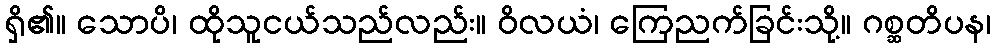
ရှိ၏။ သောပိ၊ ထိုသူငယ်သည်လည်း။ ဝိလယံ၊ ကြေညက်ခြင်းသို့။ ဂစ္ဆတိပန၊